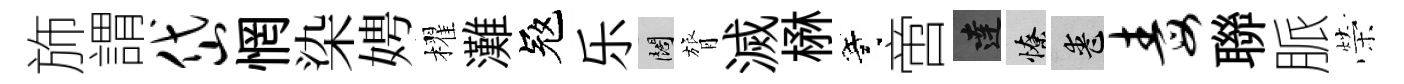
斾謂岱惘染娉櫂灘冦乐闊膂滅楙寄啻達憭喪毒聯脈榮